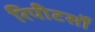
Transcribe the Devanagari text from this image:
रिपीटर्सों